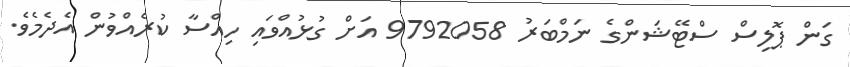
ގަން ޕޮލިސް ސްޓޭޝަންގެ ނަމްބަރު 9792058 އަށް ގުޅުއްވައި ހިއްސާ ކުރެއްވުން އެދެމެވެ.